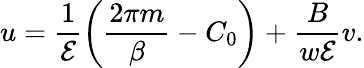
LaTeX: u=\frac{1}{{\cal E}}\left(\frac{2\pi m}{\beta}-C_{0}\right)+\frac{B}{w{\cal E}}v.